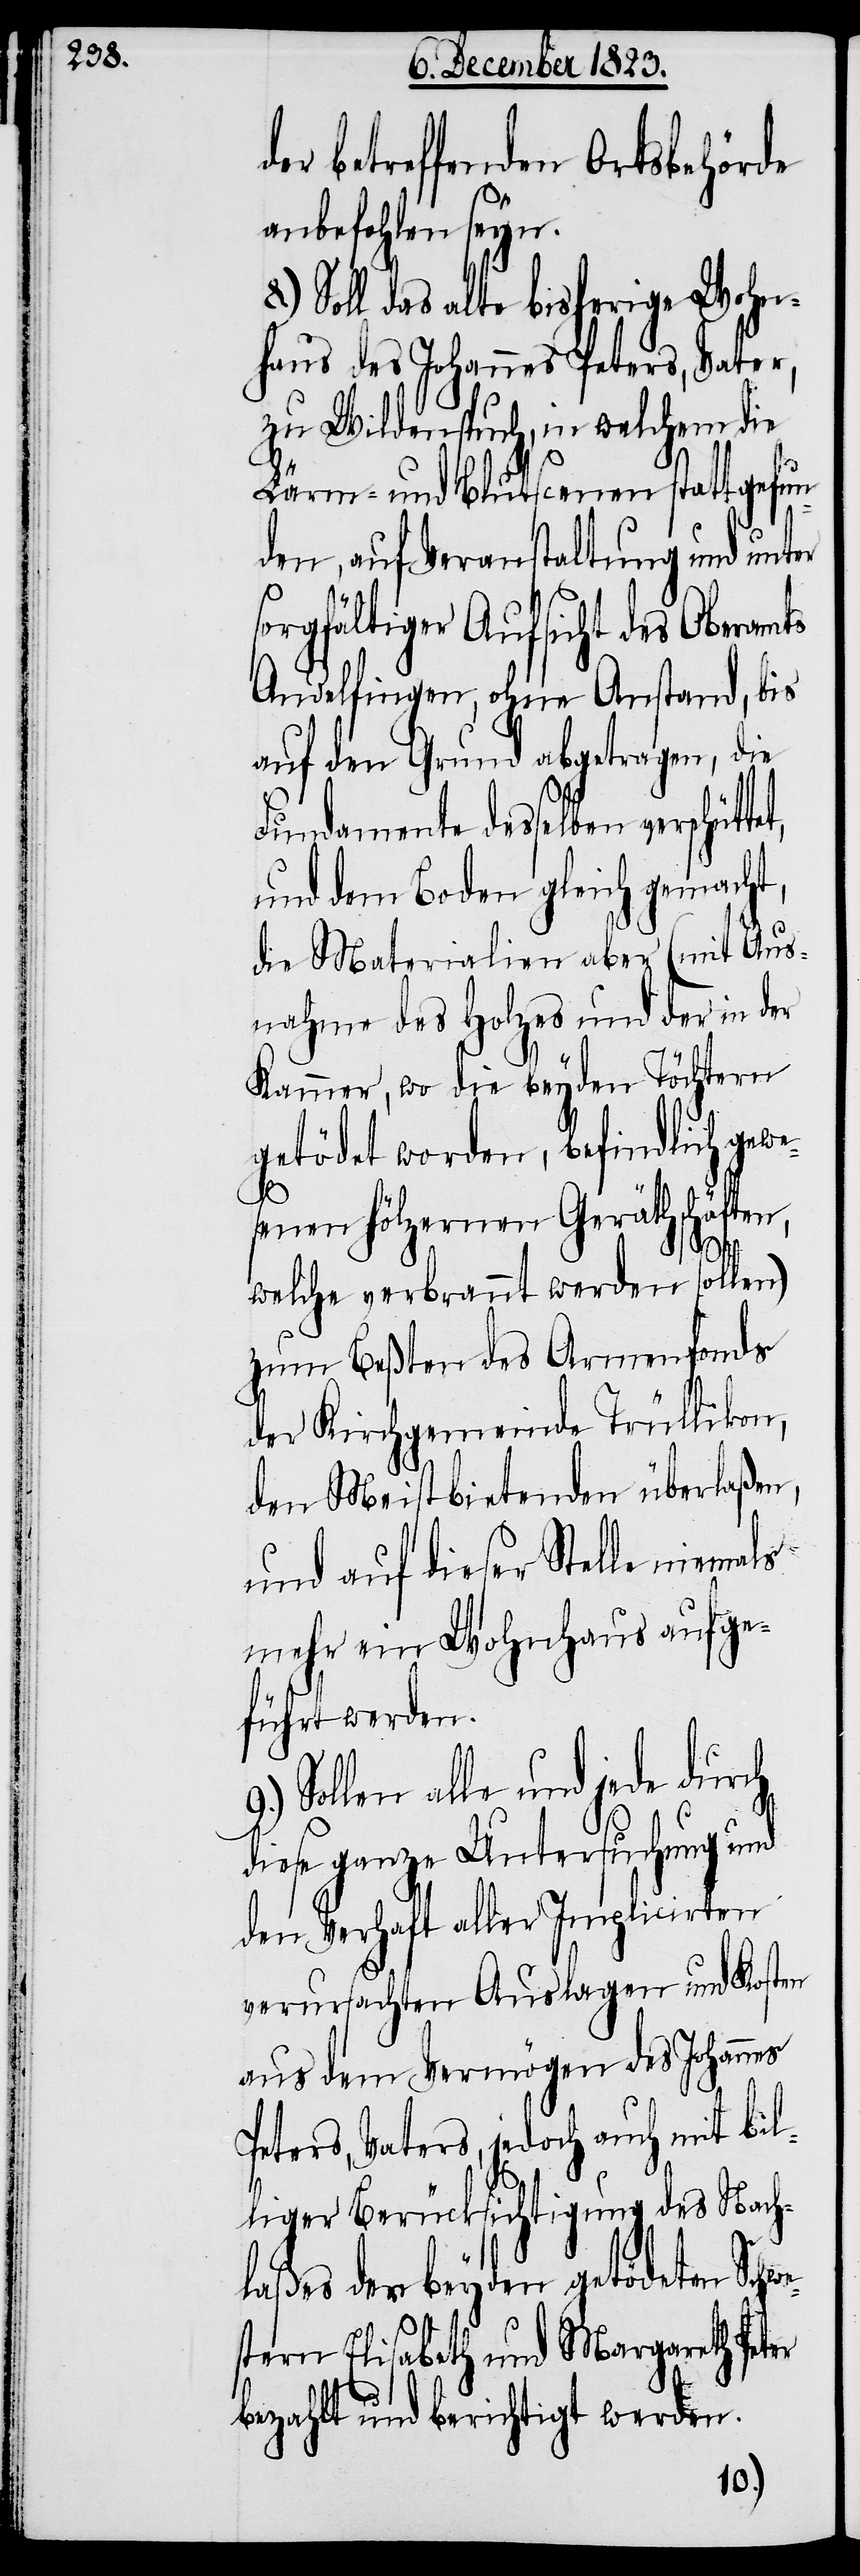
der betreffenden Ortsbehörde
anbefohlen seyn.
Soll das alte bisherige Wohn¬
haus des Johannes Peters, Vater,
zu Wildenspuch, in welchem die
Lärm- und Blutscenen stattgefun¬
den, auf Veranstaltung und unter
sorgfältiger Aufsicht des Oberamts
Andelfingen, ohne Anstand, bis
auf den Grund abgetragen, die
Fundamente desselben
und dem Boden gleich gemacht,
die Materialien aber (mit Aus¬
nahme des Holzes und der in der
Kammer, wo die beyden Töchtern
getödet worden, befindlich gewe¬
e¬
senen hölzernen Geräthschäften,
welche verbrannt werden sollen)
zum Beßten des Armenfonds
der Kirchgemeinde Trüllikon,
den Meistbietenden überlaßen,
und auf dieser Stelle niemals
mehr ein Wohnhaus aufge¬
führt werden.
Sollen alle und jede durch
diese ganze Untersuchung und
den Verhaft aller Implicirten
verursachten Auslagen und Kosten
aus dem Vermögen des Johannes
Peters, Vaters, jedoch auch mit bil¬
8.)
liger Berücksichtigung des Nach¬
laßes der beyden getödeten Schw¬
stern Elisabeth und Margareth Peter
bezahlt und berichtigt werden.